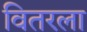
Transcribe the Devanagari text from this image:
वितरला